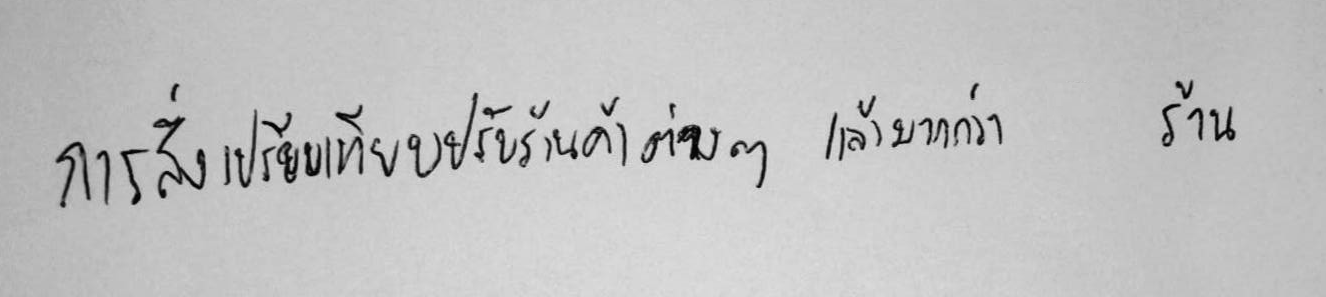
การสั่งเปรียบเทียบปรับร้านค้าต่างๆ แล้วมากกว่า ร้าน